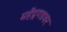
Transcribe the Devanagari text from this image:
महेंद्रगडवर